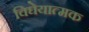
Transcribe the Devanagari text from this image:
विघेयात्मक